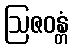
ဩဇဝန္တံ